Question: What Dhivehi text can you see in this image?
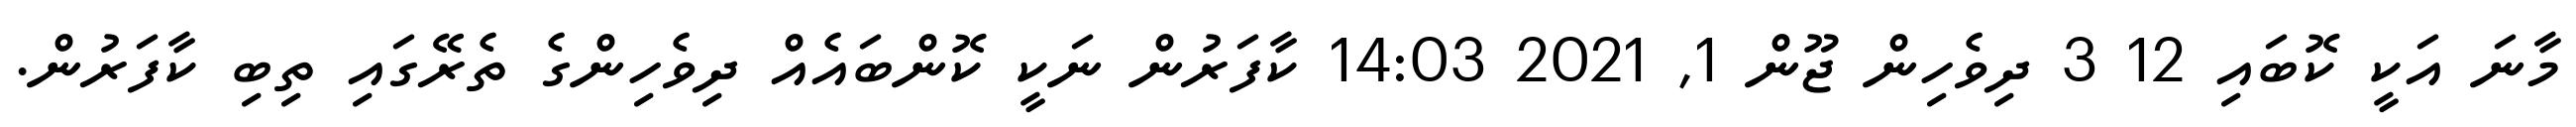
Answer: މާނަ އަކީ ކޮބައި 12 3 ދިވެހިން ޖޫން 1, 2021 14:03 ކާފަރުން ނަކީ ކޮންބައެއް ދިވެހިންގެ ތެރޭގައި ތިބި ކާފަރުން.